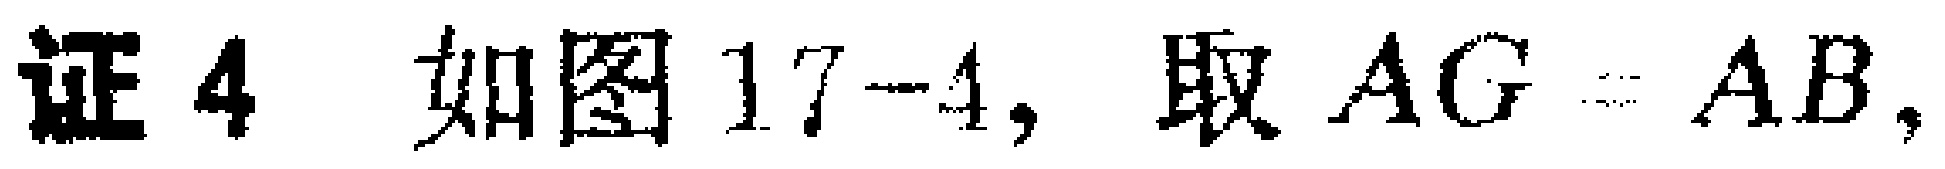
证4 如图17-4, 取 \(AG = AB\)，